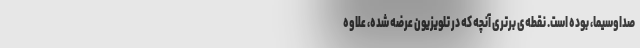
صداوسیما، بوده است. نقطه‌ی برتری آنچه که در تلویزیون عرضه شده، علاوه